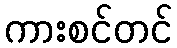
ကားစင်တင်